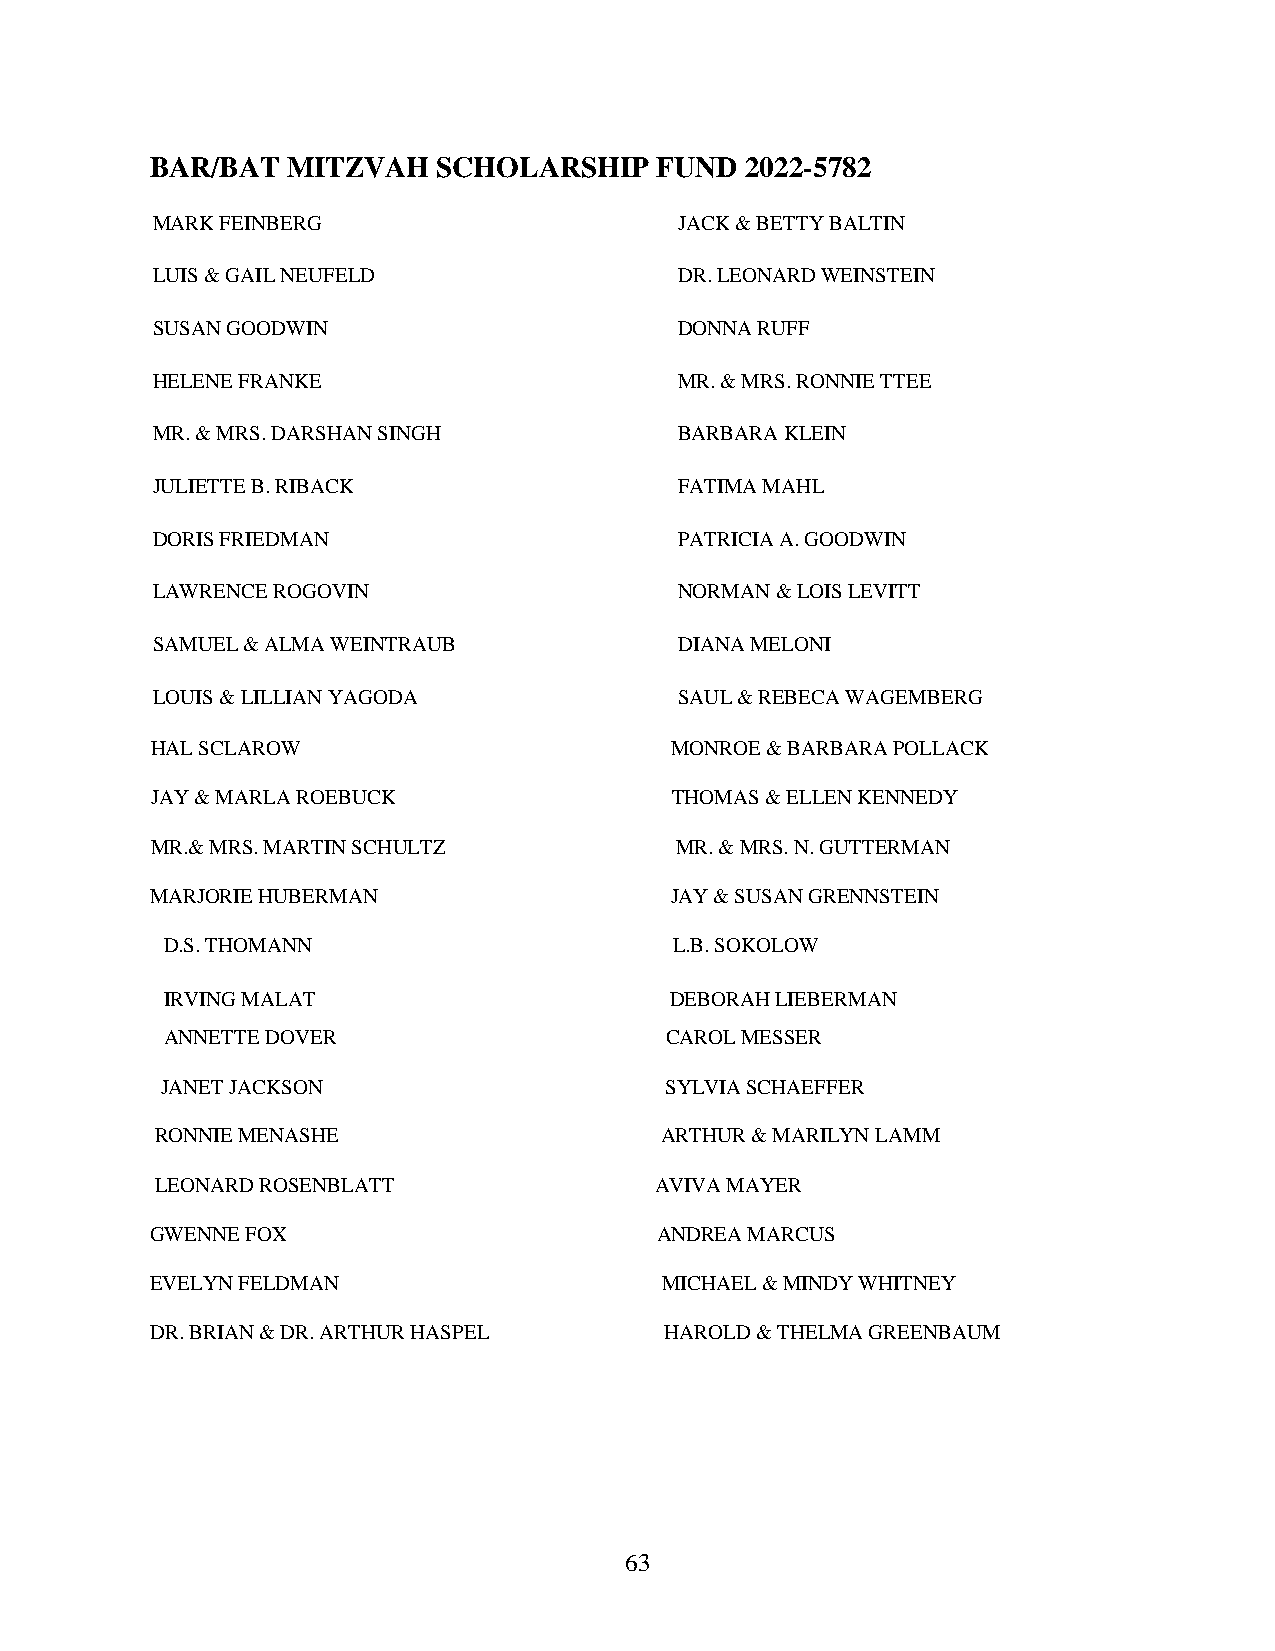
BAR/BAT  MITZVAH   SCHOLARSHIP   FUND  2022-5782
 MARK FEINBERG                      JACK & BETTY BALTIN
 LUIS & GAIL NEUFELD                DR. LEONARD WEINSTEIN
 SUSAN GOODWIN                      DONNA RUFF
 HELENE FRANKE                      MR. & MRS. RONNIE TTEE
 MR. & MRS. DARSHAN SINGH           BARBARA KLEIN
 JULIETTE B. RIBACK                 FATIMA MAHL
 DORIS FRIEDMAN                     PATRICIA A. GOODWIN
 LAWRENCE ROGOVIN                   NORMAN & LOIS LEVITT
 SAMUEL & ALMA WEINTRAUB            DIANA MELONI
 LOUIS & LILLIAN YAGODA             SAUL & REBECA WAGEMBERG
 HAL SCLAROW                       MONROE & BARBARA POLLACK
 JAY & MARLA ROEBUCK                THOMAS & ELLEN KENNEDY
 MR.& MRS. MARTIN SCHULTZ           MR. & MRS. N. GUTTERMAN
 MARJORIE HUBERMAN                 JAY & SUSAN GRENNSTEIN
 D.S. THOMANN                      L.B. SOKOLOW
 IRVING MALAT                     DEBORAH LIEBERMAN
 ANNETTE DOVER                    CAROL MESSER
 JANET JACKSON                    SYLVIA SCHAEFFER
 RONNIE MENASHE                    ARTHUR & MARILYN LAMM
 LEONARD ROSENBLATT               AVIVA MAYER
 GWENNE FOX                       ANDREA MARCUS
 EVELYN FELDMAN                    MICHAEL & MINDY WHITNEY
 DR. BRIAN & DR. ARTHUR HASPEL     HAROLD & THELMA GREENBAUM
 63